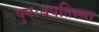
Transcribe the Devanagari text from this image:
पुनःबपतिस्मा